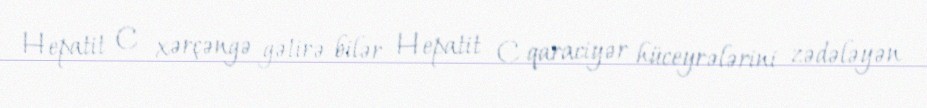
Hepatit C xərçəngə gətirə bilər Hepatit C qaraciyər hüceyrələrini zədələyən